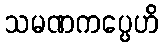
သမဏကပ္ပေဟိ